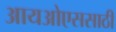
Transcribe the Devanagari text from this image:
आयओएससाठी